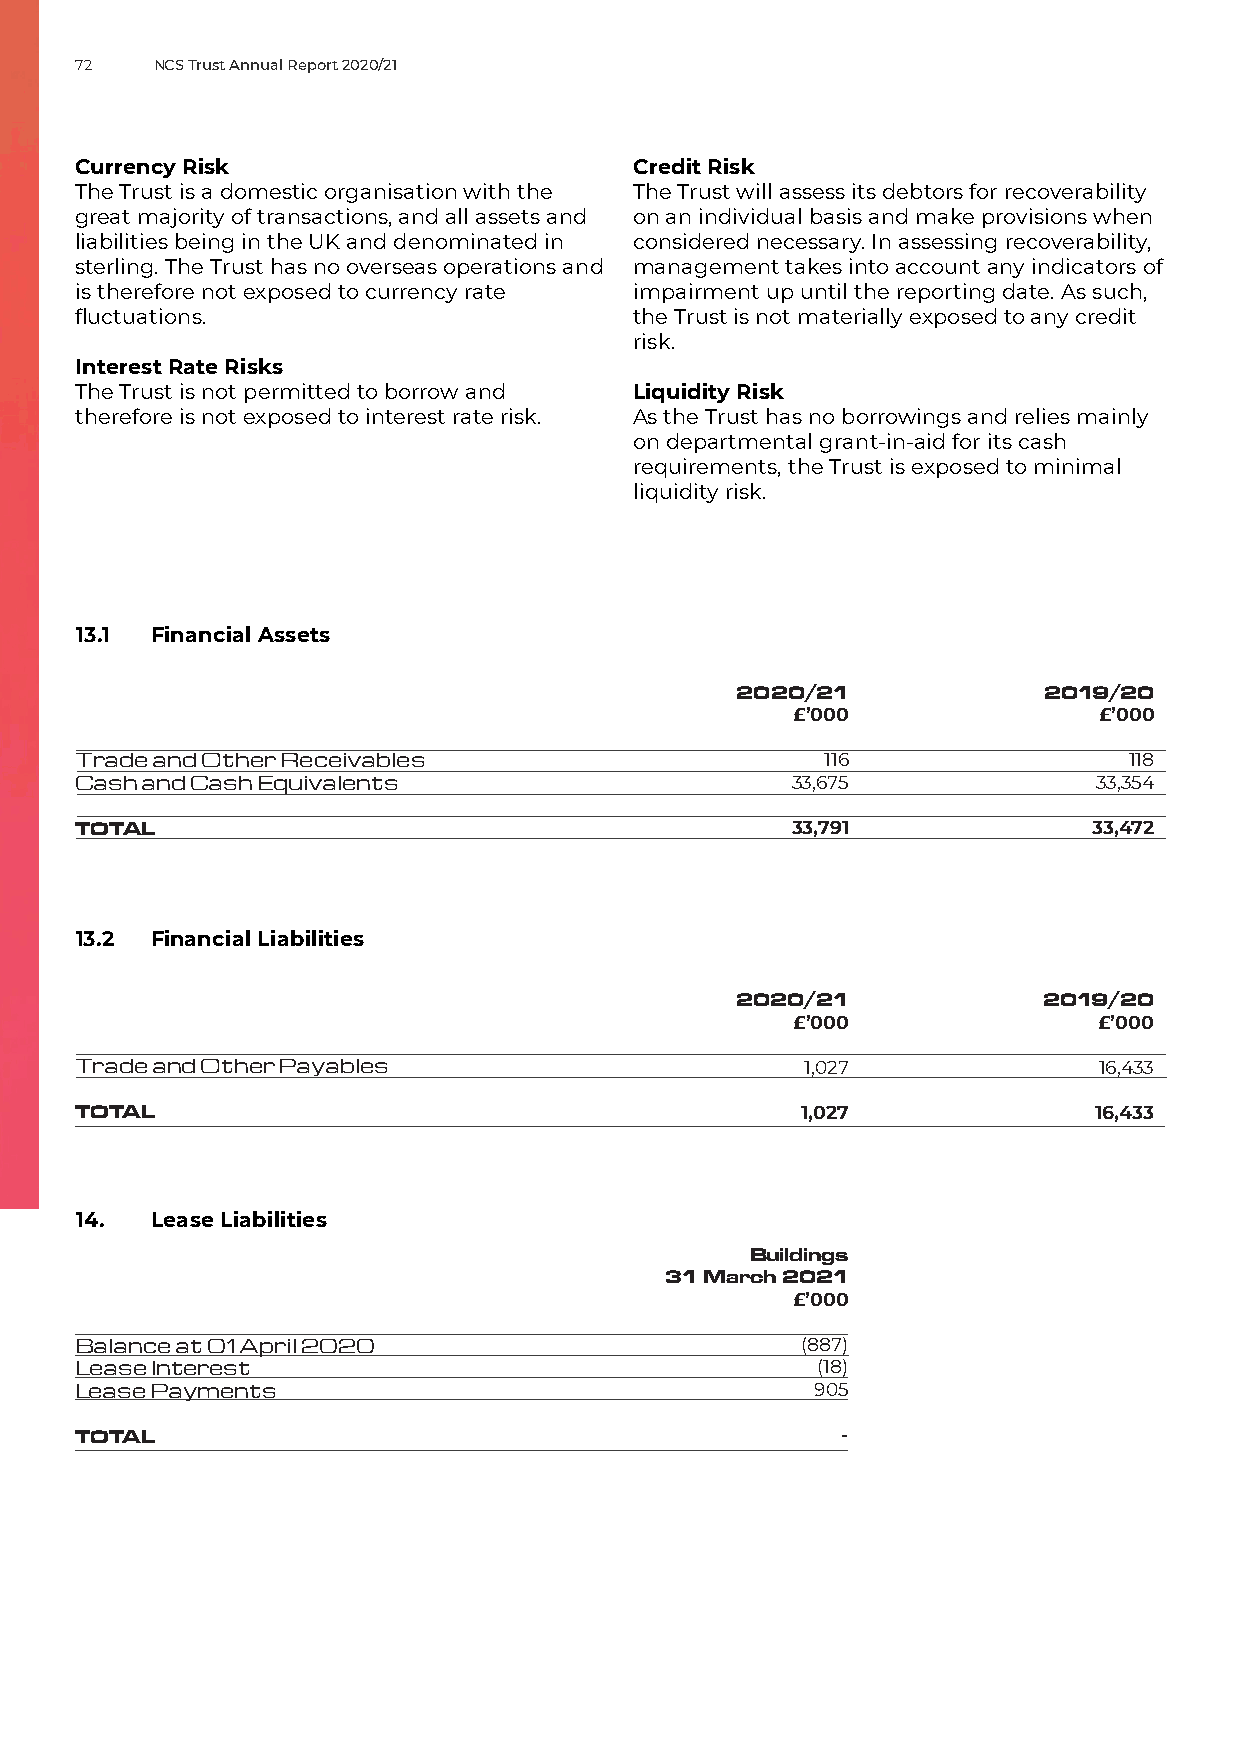
72   NCS Trust Annual Report 2020/21
 Currency Risk                        Credit Risk
 The Trust is a domestic organisation with the The Trust will assess its debtors for recoverability
 great majority of transactions, and all assets and on an individual basis and make provisions when
 liabilities being in the UK and denominated in considered necessary. In assessing recoverability,
 sterling. The Trust has no overseas operations and management takes into account any indicators of
 is therefore not exposed to currency rate impairment up until the reporting date. As such,
 fluctuations.                        the Trust is not materially exposed to any credit
 risk.
 Interest Rate Risks
 The Trust is not permitted to borrow and Liquidity Risk
 therefore is not exposed to interest rate risk. As the Trust has no borrowings and relies mainly
 on departmental grant-in-aid for its cash
 requirements, the Trust is exposed to minimal
 liquidity risk.
 13.1 Financial Assets
 2020/21             2019/20
 £’000               £’000
 Trade and Other Receivables                       116                 118
 Cash and Cash Equivalents                      33,675               33,354
 TOTAL                                          33,791              33,472
 13.2 Financial Liabilities
 2020/21             2019/20
 £’000               £’000
 Trade and Other Payables                        1,027               16,433
 TOTAL                                           1,027              16,433
 14.  Lease Liabilities
 Buildings
 31 March 2021
 £’000
 Balance at 01 April 2020                        (887)
 Lease Interest                                   (18)
 Lease Payments                                   905
 TOTAL                                              -